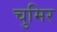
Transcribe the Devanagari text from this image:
चुमिर